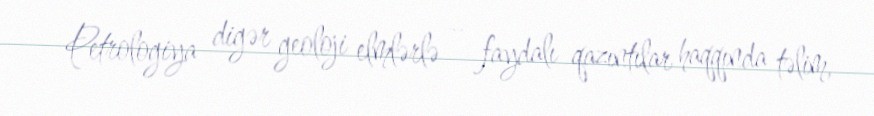
Petrologiya digər geoloji elmlərlə – faydalı qazıntılar haqqında təlim,